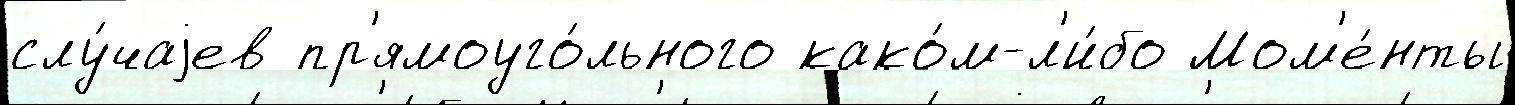
слу́чаjев пр'ямоуго́льного како́м-л'и́бо Мом'е́нты